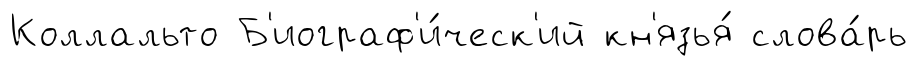
Коллальто Б'иограф'и́ческ'ий кн'язья́ слова́рь